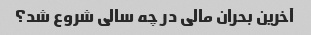
آخرین بحران مالی در چه سالی شروع شد؟